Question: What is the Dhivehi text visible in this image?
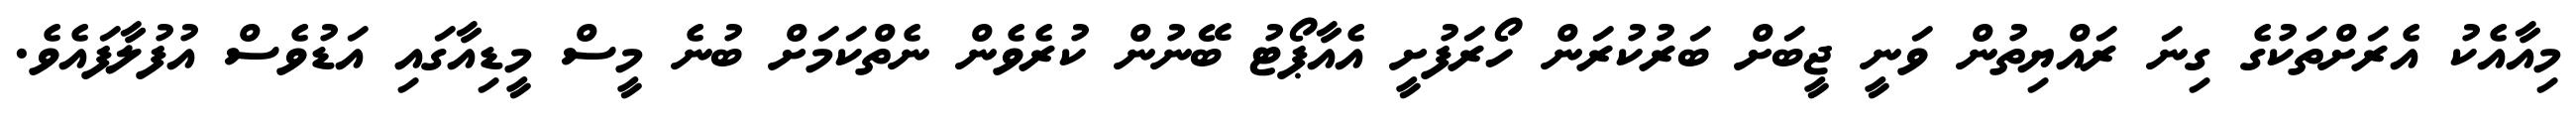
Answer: މިއާއެކު އެރަށްތަކުގެ ގިނަ ރައްޔިތުން ވަނީ ޖީބަށް ބަރުކުރަން ހޯރަފުށީ އެއާޕޯޓު ބޭނުން ކުރެވެން ނެތްކަމަށް ބުނެ މީސް މީޑިއާގައި އަޑުވެސް އުފުލާފައެވެ.